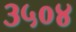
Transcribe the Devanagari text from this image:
३५०४